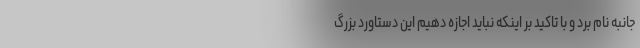
جانبه نام برد و با تاکید بر اینکه نباید اجازه دهیم این دستاورد بزرگ